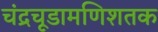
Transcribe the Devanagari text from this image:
चंद्रचूडामणिशतक